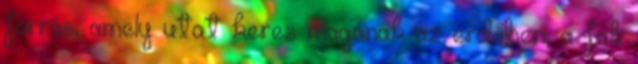
forrás, amely utat keres magának az erdőben, a fák